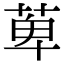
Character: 萆